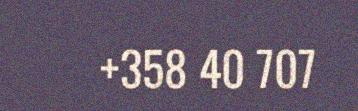
+358 40 707